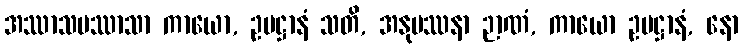
အဿာသပဿာသာ ကာယော, ဥပဋ္ဌာနံ သတိ, အနုပဿနာ ဉာဏံ, ကာယော ဥပဋ္ဌာနံ, နော